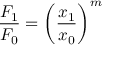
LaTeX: { \frac { F _ { 1 } } { F _ { 0 } } } = \left( { \frac { x _ { 1 } } { x _ { 0 } } } \right) ^ { m }